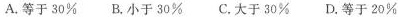
A.等于30% B.小于30% C.大于30% D.等于20%